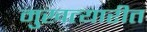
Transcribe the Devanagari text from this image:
मुखत्यारीत